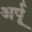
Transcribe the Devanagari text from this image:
अर्पू